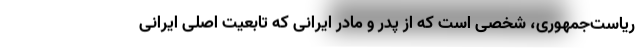
ریاست‌جمهوری، شخصی است که از پدر و مادر ایرانی که تابعیت اصلی ایرانی